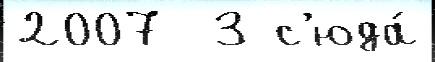
2007  3 с'юда́